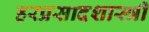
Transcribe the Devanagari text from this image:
हरप्रसादशास्त्री